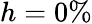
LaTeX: h=0\%